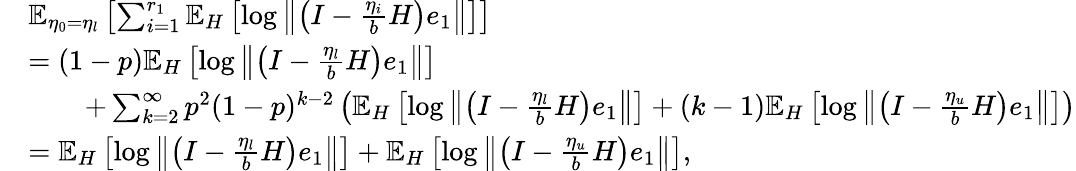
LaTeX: \begin{array}{rl}&{\mathbb{E}_{\eta_{0}=\eta_{l}}\left[\sum_{i=1}^{r_{1}}\mathbb{E}_{H}\left[\log\left\Vert\left(I-\frac{\eta_{i}}{b}H\right)e_{1}\right\Vert\right]\right]}\\ &{=(1-p)\mathbb{E}_{H}\left[\log\left\Vert\left(I-\frac{\eta_{l}}{b}H\right)e_{1}\right\Vert\right]}\\ &{\qquad+\sum_{k=2}^{\infty}p^{2}(1-p)^{k-2}\left(\mathbb{E}_{H}\left[\log\left\Vert\left(I-\frac{\eta_{l}}{b}H\right)e_{1}\right\Vert\right]+(k-1)\mathbb{E}_{H}\left[\log\left\Vert\left(I-\frac{\eta_{u}}{b}H\right)e_{1}\right\Vert\right]\right)}\\ &{=\mathbb{E}_{H}\left[\log\left\Vert\left(I-\frac{\eta_{l}}{b}H\right)e_{1}\right\Vert\right]+\mathbb{E}_{H}\left[\log\left\Vert\left(I-\frac{\eta_{u}}{b}H\right)e_{1}\right\Vert\right],}\end{array}